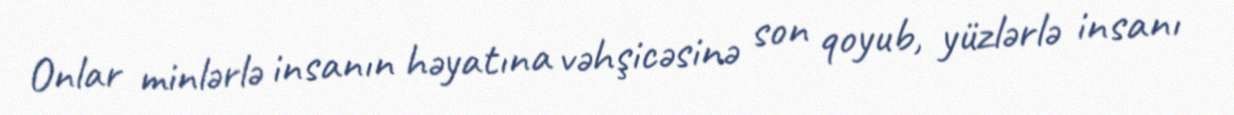
Onlar minlərlə insanın həyatına vəhşicəsinə son qoyub, yüzlərlə insanı